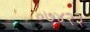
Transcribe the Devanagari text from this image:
०७४२३